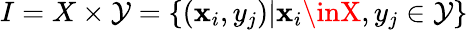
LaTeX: I=X\times\mathcal{Y}=\{ (\mathbf{x}_{i},y_{j})|\mathbf{x}_{i}\inX,y_{j}\in\mathcal{Y}\}